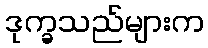
ဒုက္ခသည်များက